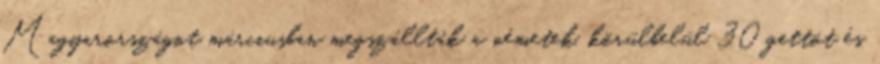
Magyarországot márciusban megszállták a németek, körülbelül 30 gettót és